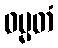
ဓမ္မတံ